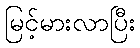
မြင့်မားလာပြီး